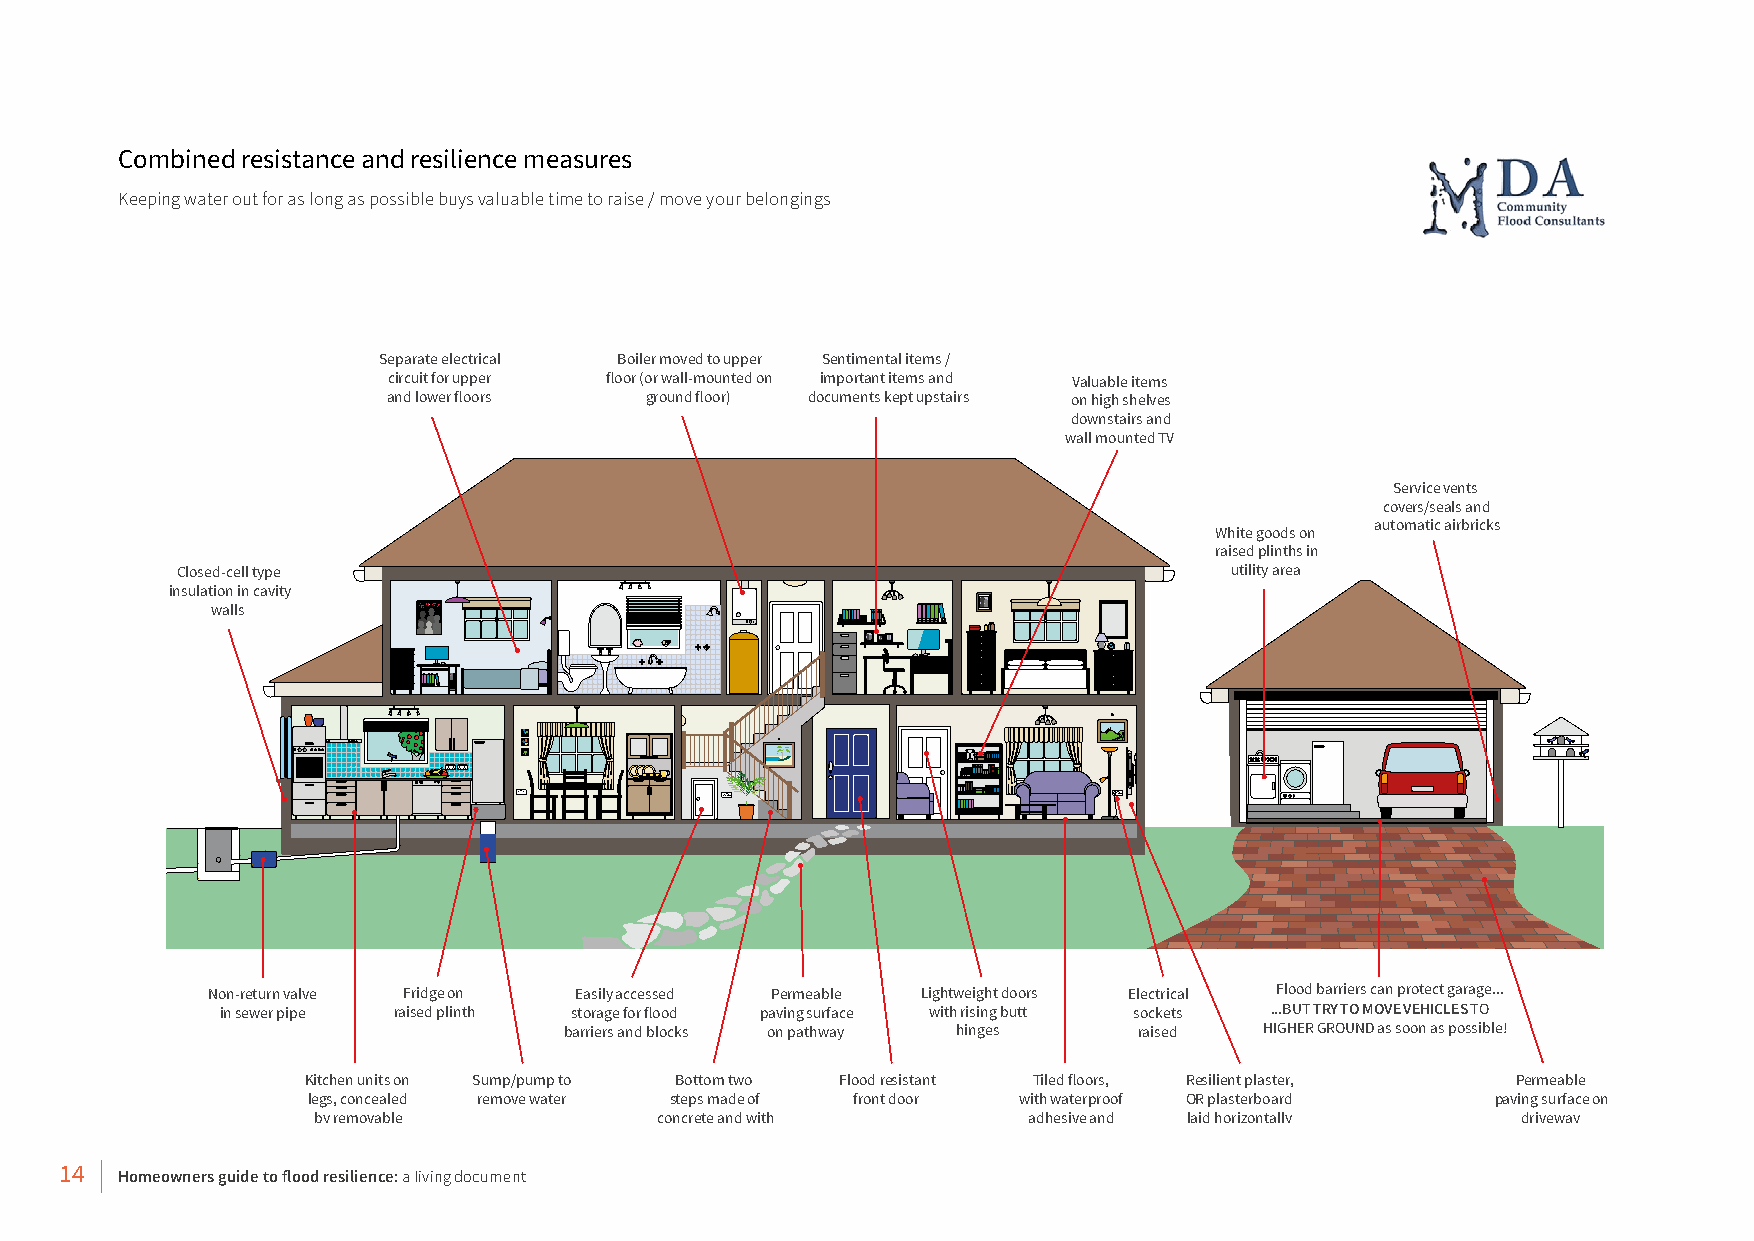
Combined resistance and resilience measures
 Keeping water out for as long as possible buys valuable time to raise / move your belongings
 Separate electrical Boiler moved to upper Sentimental items /
 circuit for upper floor (or wall-mounted on important items and Valuable items
 and lower floors ground floor) documents kept upstairs on high shelves
 downstairs and
 wall mounted TV
 Service vents
 covers/seals and
 White goods on
 automatic airbricks
 raised plinths in
 Closed-cell type                                                     utility area
 insulation in cavity
 walls
 Non-return valve Fridge on Easily accessed Permeable Lightweight doors Electrical Flood barriers can protect garage...
 in sewer pipe raised plinth storage for flood paving surface with rising butt sockets ...BUT TRY TO MOVE VEHICLES TO
 barriers and blocks on pathway hinges raised   HIGHER GROUND as soon as possible!
 Kitchen units on Sump/pump to Bottom two Flood resistant Tiled floors, Resilient plaster, Permeable
 legs, concealed remove water steps made of front door with waterproof OR plasterboard paving surface on
 by removable           concrete and with       adhesive and laid horizontally   driveway
 kickboards            removable carpet        waterproof grout
 14  Homeowners guide to flood resilience: a living document